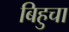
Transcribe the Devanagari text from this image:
बिहुचा